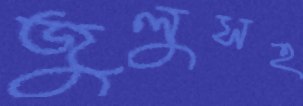
জুলুসহ